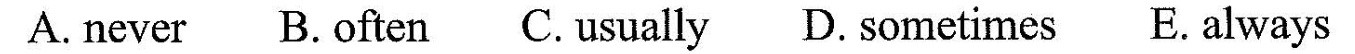
A. never B.often C.usually D. sometimes E. always